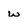
Character: w